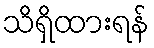
သိရှိထားရန်